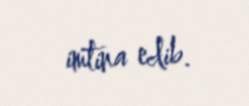
imtina edib.